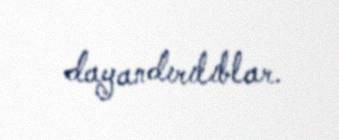
dayandırılıblar.